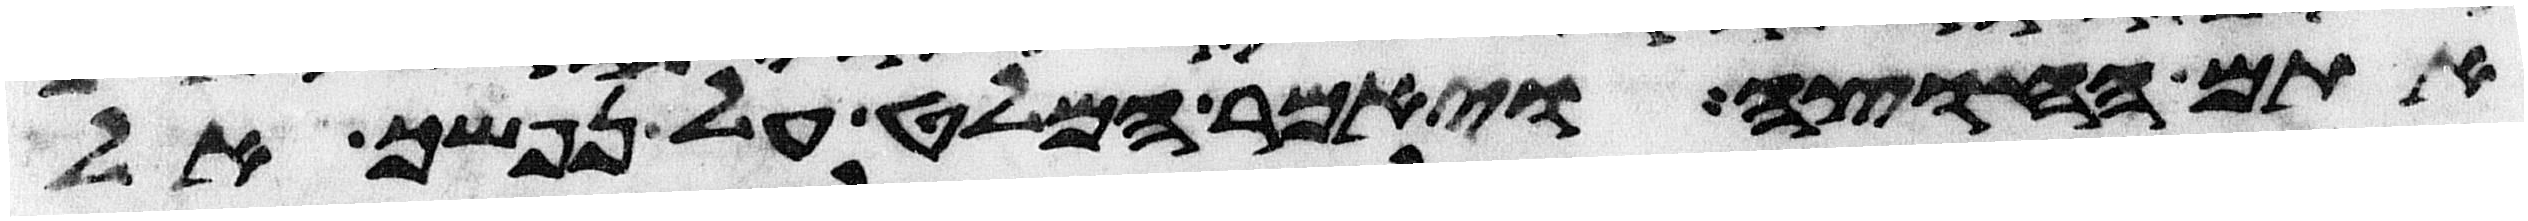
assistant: אתם החוצה ויאמר המלט על נפשך אל